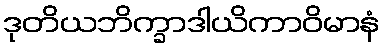
ဒုတိယဘိက္ခာဒါယိကာဝိမာနံ